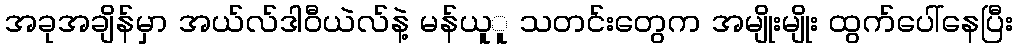
အခုအချိန်မှာ အယ်လ်ဒါဝီယဲလ်နဲ့ မန်ယူူ သတင်းတွေက အမျိုးမျိုး ထွက်ပေါ်နေပြီး